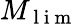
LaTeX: M_{\mathrm{~l~i~m~}}